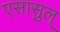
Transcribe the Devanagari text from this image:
एसासुल्